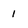
Character: 1